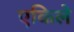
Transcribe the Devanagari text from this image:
एकिले